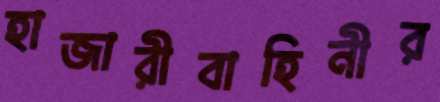
হাজারীবাহিনীর